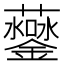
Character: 𧅒